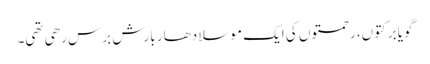
گویا برکتوں، رحمتوں کی ایک موسلا دھار بارش برس رھی تھی۔